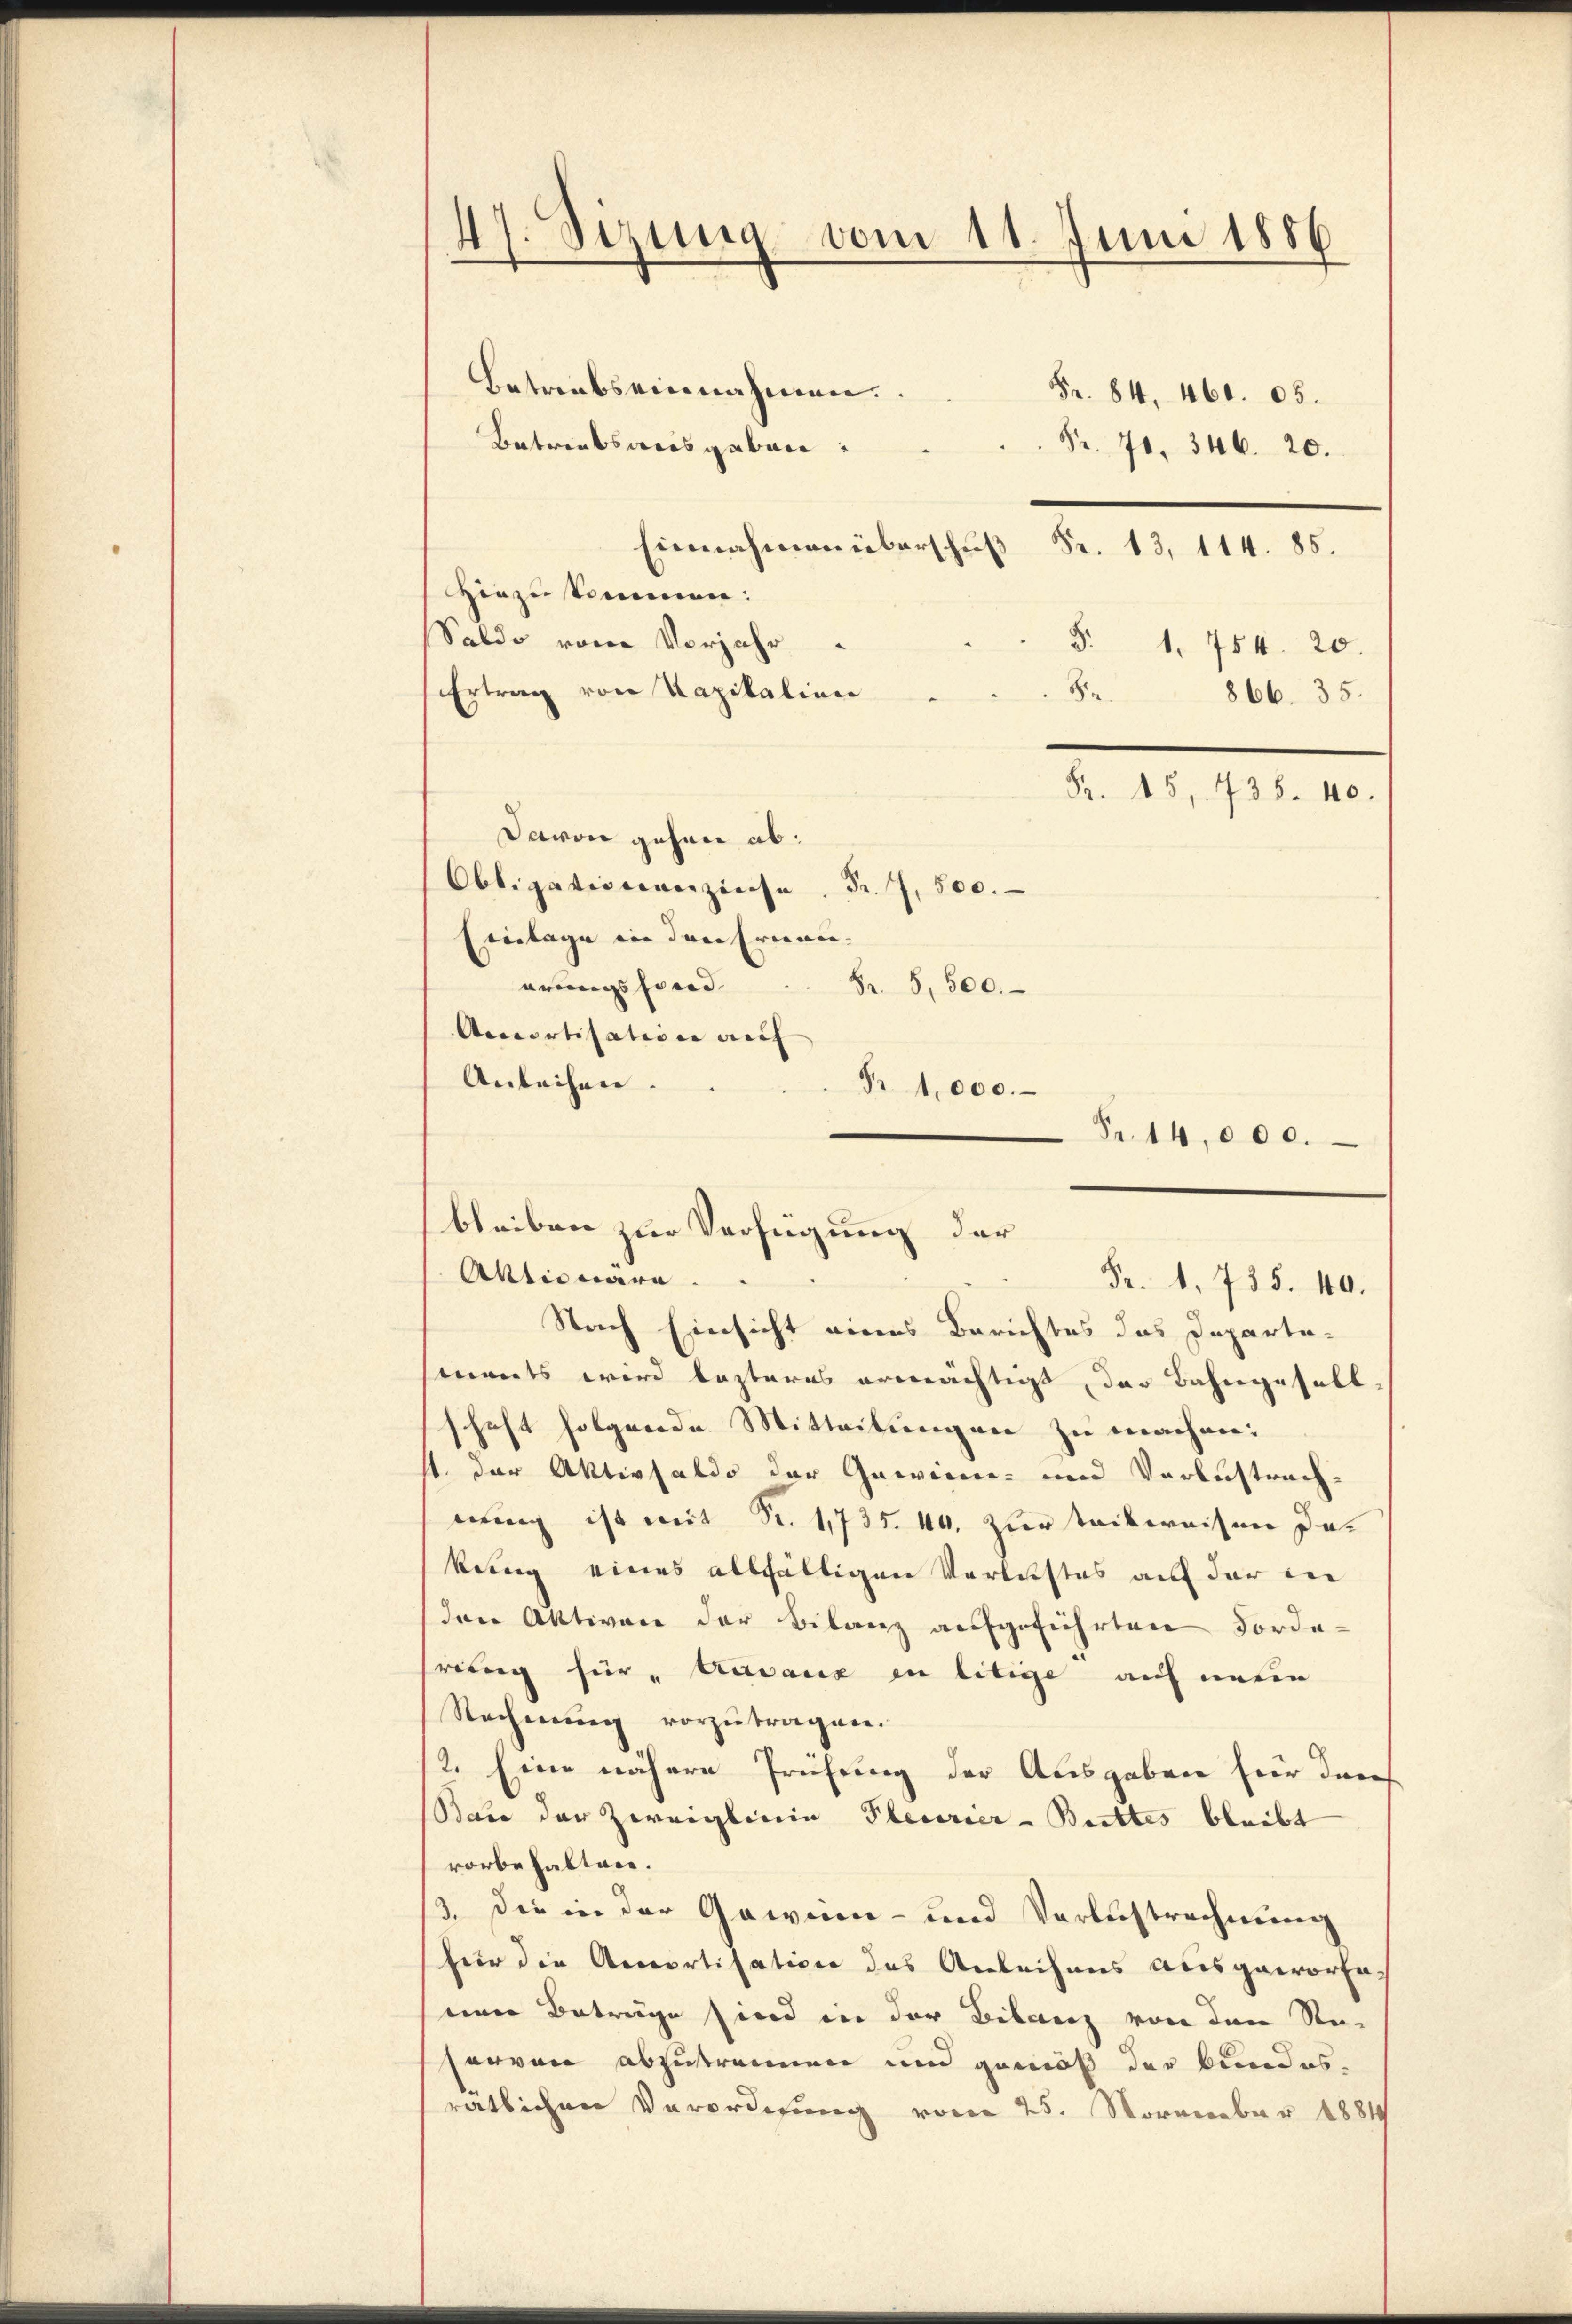
47. Sizung vom 11. Juni 1886

Betriebs einnahmen.
Betreibsausgaben:
Hinzukommen:
Saldo von Vorjahr
Ertrag von Kapitalien
Davon gehen ab:
Obligation verzinse. Fr. 7500.
Einlage in den Ernannarungsford
Accortisation auf |
Anleihen.
Fr. 14,000.
Aktionära
Nach Einsicht eines Berichtes das Departetnants wird lasteres ermächtigt, der Bahngesell
schaft folgende Mitteilungen zu machen:
1. Der Aktivsaldo der Gewinn- und Verlustrachnung ist mit Nr. 1735. 40. zur tockweisen dakung eines allfältigen Verleistes auf der der
den Aktiven der Bilanz aufgeführten Forderang hier „Aavaux in litige auf unten
Rechnung vorzutragen.
2. Eine nähere Prüfung der Ausgaben für ders
Sare der Zweiglinie Plecerier-Brettes bleibt
vorbehalten.
3. Die in der Gawinen- und Verlustrechnung
für die Amortisation des Anleihens ausgeworfe-
einer Beträge sind in der Bilanz von den Resorvon abzutrennen und gemäß der Bundesratlichen Verordnung vom 25. November 1884

Fr. 70. 346. 20.
Einnahmen überschuß Fr. 13, 114. 85.
5r 866. 35.
Fr. 15, 735. 40.
Fr. 8, 500.
Fr. 1,000.

Fr. 84, 460. 05.

§. 1. 754. 20.

bleiben zur Verfügung der
Fr. 1. 735. 40.